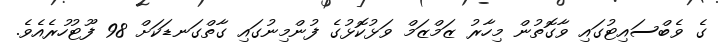
ގެ ވެބްސައިޓުގައި ވާގޮތުން މިހާރު ޒަމްޒަމް ވަޅުކޮޅުގެ ފުންމިނުގައި ގާތްގަނޑަކަށް 98 ފޫޓުހުރެއެވެ.